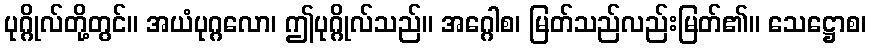
ပုဂ္ဂိုလ်တို့တွင်။ အယံပုဂ္ဂလော၊ ဤပုဂ္ဂိုလ်သည်။ အဂ္ဂေါစ၊ မြတ်သည်လည်းမြတ်၏။ သေဋ္ဌောစ၊